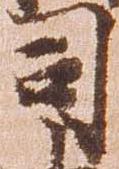
司